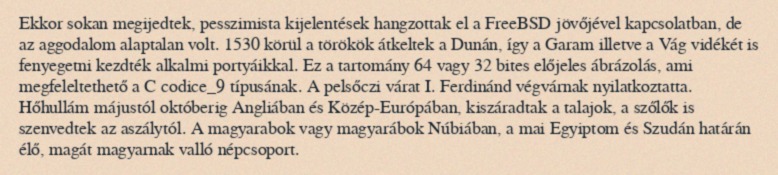
Ekkor sokan megijedtek, pesszimista kijelentések hangzottak el a FreeBSD jövőjével kapcsolatban, de az aggodalom alaptalan volt. 1530 körül a törökök átkeltek a Dunán, így a Garam illetve a Vág vidékét is fenyegetni kezdték alkalmi portyáikkal. Ez a tartomány 64 vagy 32 bites előjeles ábrázolás, ami megfeleltethető a C codice_9 típusának. A pelsőczi várat I. Ferdinánd végvárnak nyilatkoztatta. Hőhullám májustól októberig Angliában és Közép-Európában, kiszáradtak a talajok, a szőlők is szenvedtek az aszálytól. A magyarabok vagy magyarábok Núbiában, a mai Egyiptom és Szudán határán élő, magát magyarnak valló népcsoport.